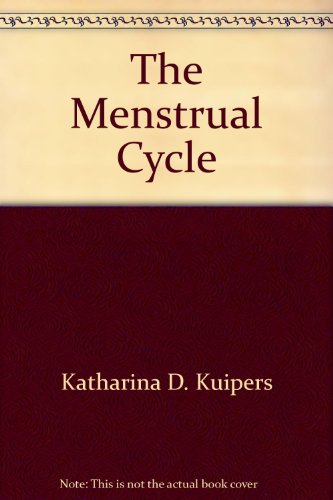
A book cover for The menstrual cycle; Katharina Dalton; Health, Fitness & Dieting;